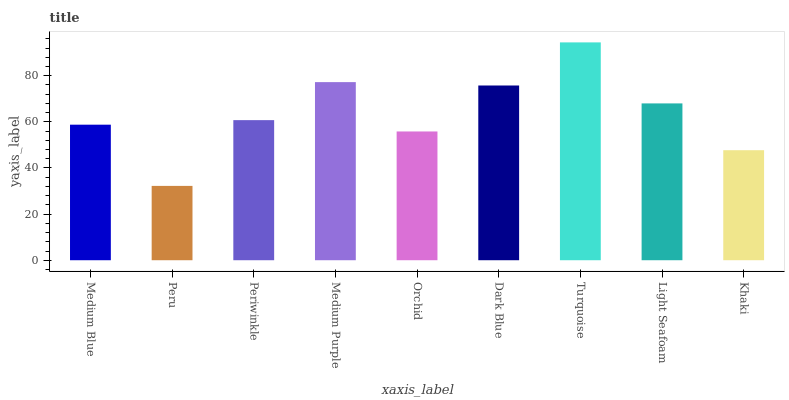
| xaxis_label | bars |
 | --- | --- |
 | Medium Blue | 58.8 |
 | Peru | 32.2 |
 | Periwinkle | 60.8 |
 | Medium Purple | 77.2 |
 | Orchid | 55.8 |
 | Dark Blue | 75.8 |
 | Turquoise | 94.5 |
 | Light Seafoam | 68 |
 | Khaki | 47.7 |